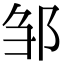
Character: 邹